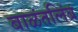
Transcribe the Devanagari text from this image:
बाळंतलिंब